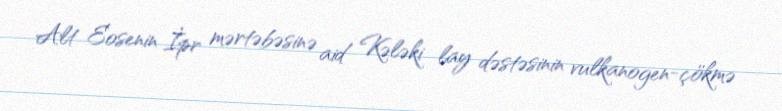
Alt Eosenin İpr mərtəbəsinə aid Kələki lay dəstəsinin vulkanogen-çökmə